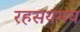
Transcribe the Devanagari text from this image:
रहसयमय